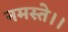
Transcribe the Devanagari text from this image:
नमस्ते।।